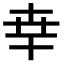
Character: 𠦡